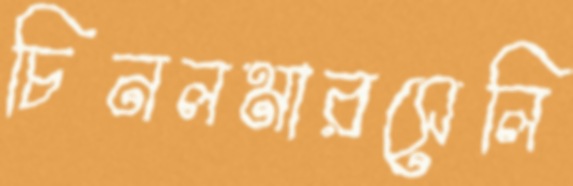
চিনলমারসেলি